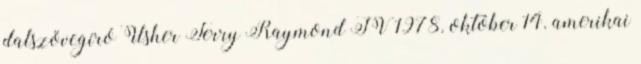
dalszövegíró Usher Terry Raymond IV 1978. október 14. amerikai